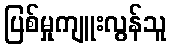
ပြစ်မှုကျူးလွန်သူ